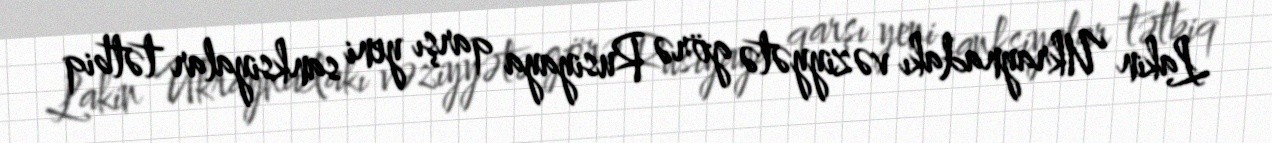
Lakin Ukraynadakı vəziyyətə görə Rusiyaya qarşı yeni sanksiyalar tətbiq